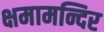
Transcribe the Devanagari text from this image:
क्षमामन्दिर